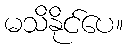
မသိနိုင်ပေ။